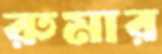
রুমার